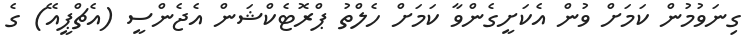
ގިނަވުމުން ކަމަށް ވުން އެކަށީގެންވާ ކަމަށް ހެލްތު ޕްރޮޓެކްޝަން އެޖެންސީ (އެޗްޕީއޭ) ގެ